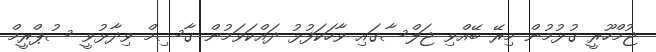
ޖުމްހޫރީ ގުޅުމުން މިރޭ ބޭއްވި ޖަލްސާގައި ވާހަކަފުޅު ދައްކަވަމުން ގާސިމް ވިދާޅުވީ ސުޕްރީމް